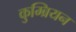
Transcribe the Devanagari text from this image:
कुम्ब्रियन